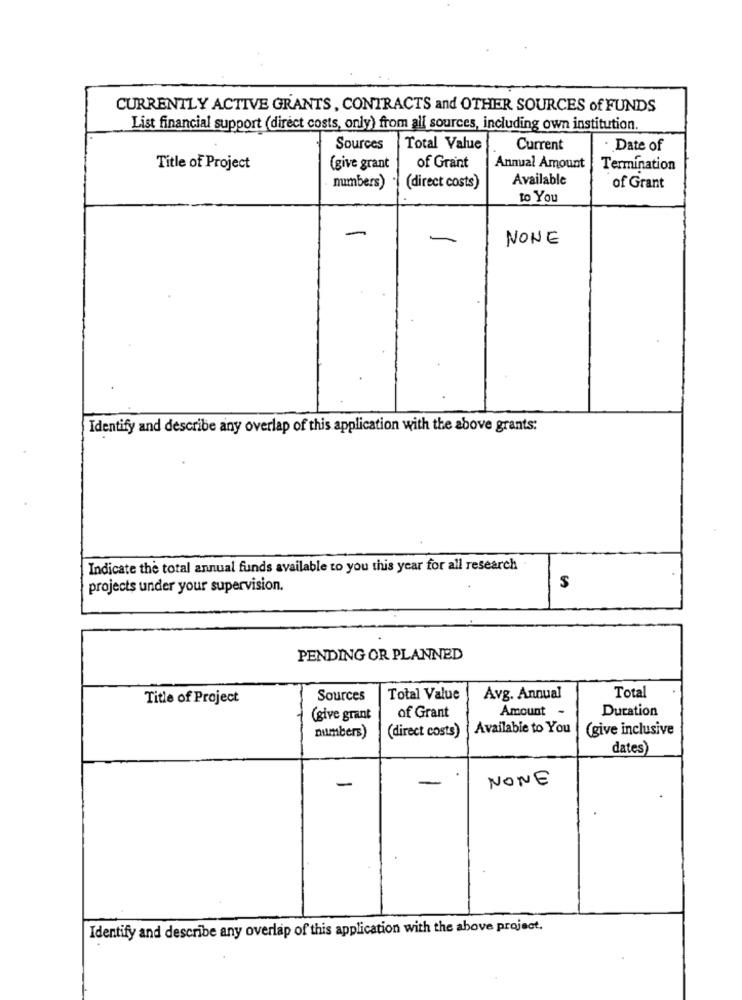
CURRENTLY ACTIVE GRANTS, CONTRACTS and OTHER SOURCES of FUNDS
List financial support (direct costs, only) from all sources, including own institution.
Sources
Total Value
Current
· Date of
Title of Project
(give grant
of Grant
Annual Amount
Termination
Available
numbers)
(direct costs)
of Grant
to You
-
NONE
Identify and describe any overlap of this application with the above grants:
Indicate the total annual funds available to you this year for all research
projects under your supervision.
$
PENDING OR PLANNED
Title of Project
Sources
Total Value
Avg. Annual
Total
Amount -
Duration
(give grant
of Grant
Available to You
(give inclusive
numbers)
(direct costs)
dates)
-
-
NONE
Identify and describe any overlap of this application with the above project.